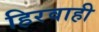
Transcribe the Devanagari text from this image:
हिरवाही